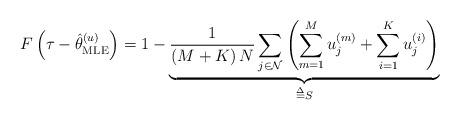
LaTeX: \begin{align*} F\left( {\tau - \hat \theta _{{\rm{MLE}}}^{(u)}} \right) = 1 - \underbrace {\frac{1}{{\left( {M + K} \right)N}}\sum\limits_{j \in {\cal N}} {\left( {\sum\limits_{m = 1}^M {u_j^{(m)}} + \sum\limits_{i = 1}^K {u_j^{(i)}} } \right)} }_{\buildrel \Delta \over = S}\end{align*}